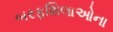
બરફશિલાઓના